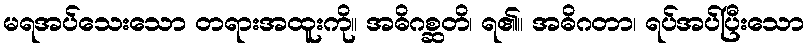
မရအပ်သေးသော တရားအထူးကို။ အဓိဂစ္ဆတိ၊ ရ၏။ အဓိဂတာ၊ ရပ်အပ်ပြီးသော